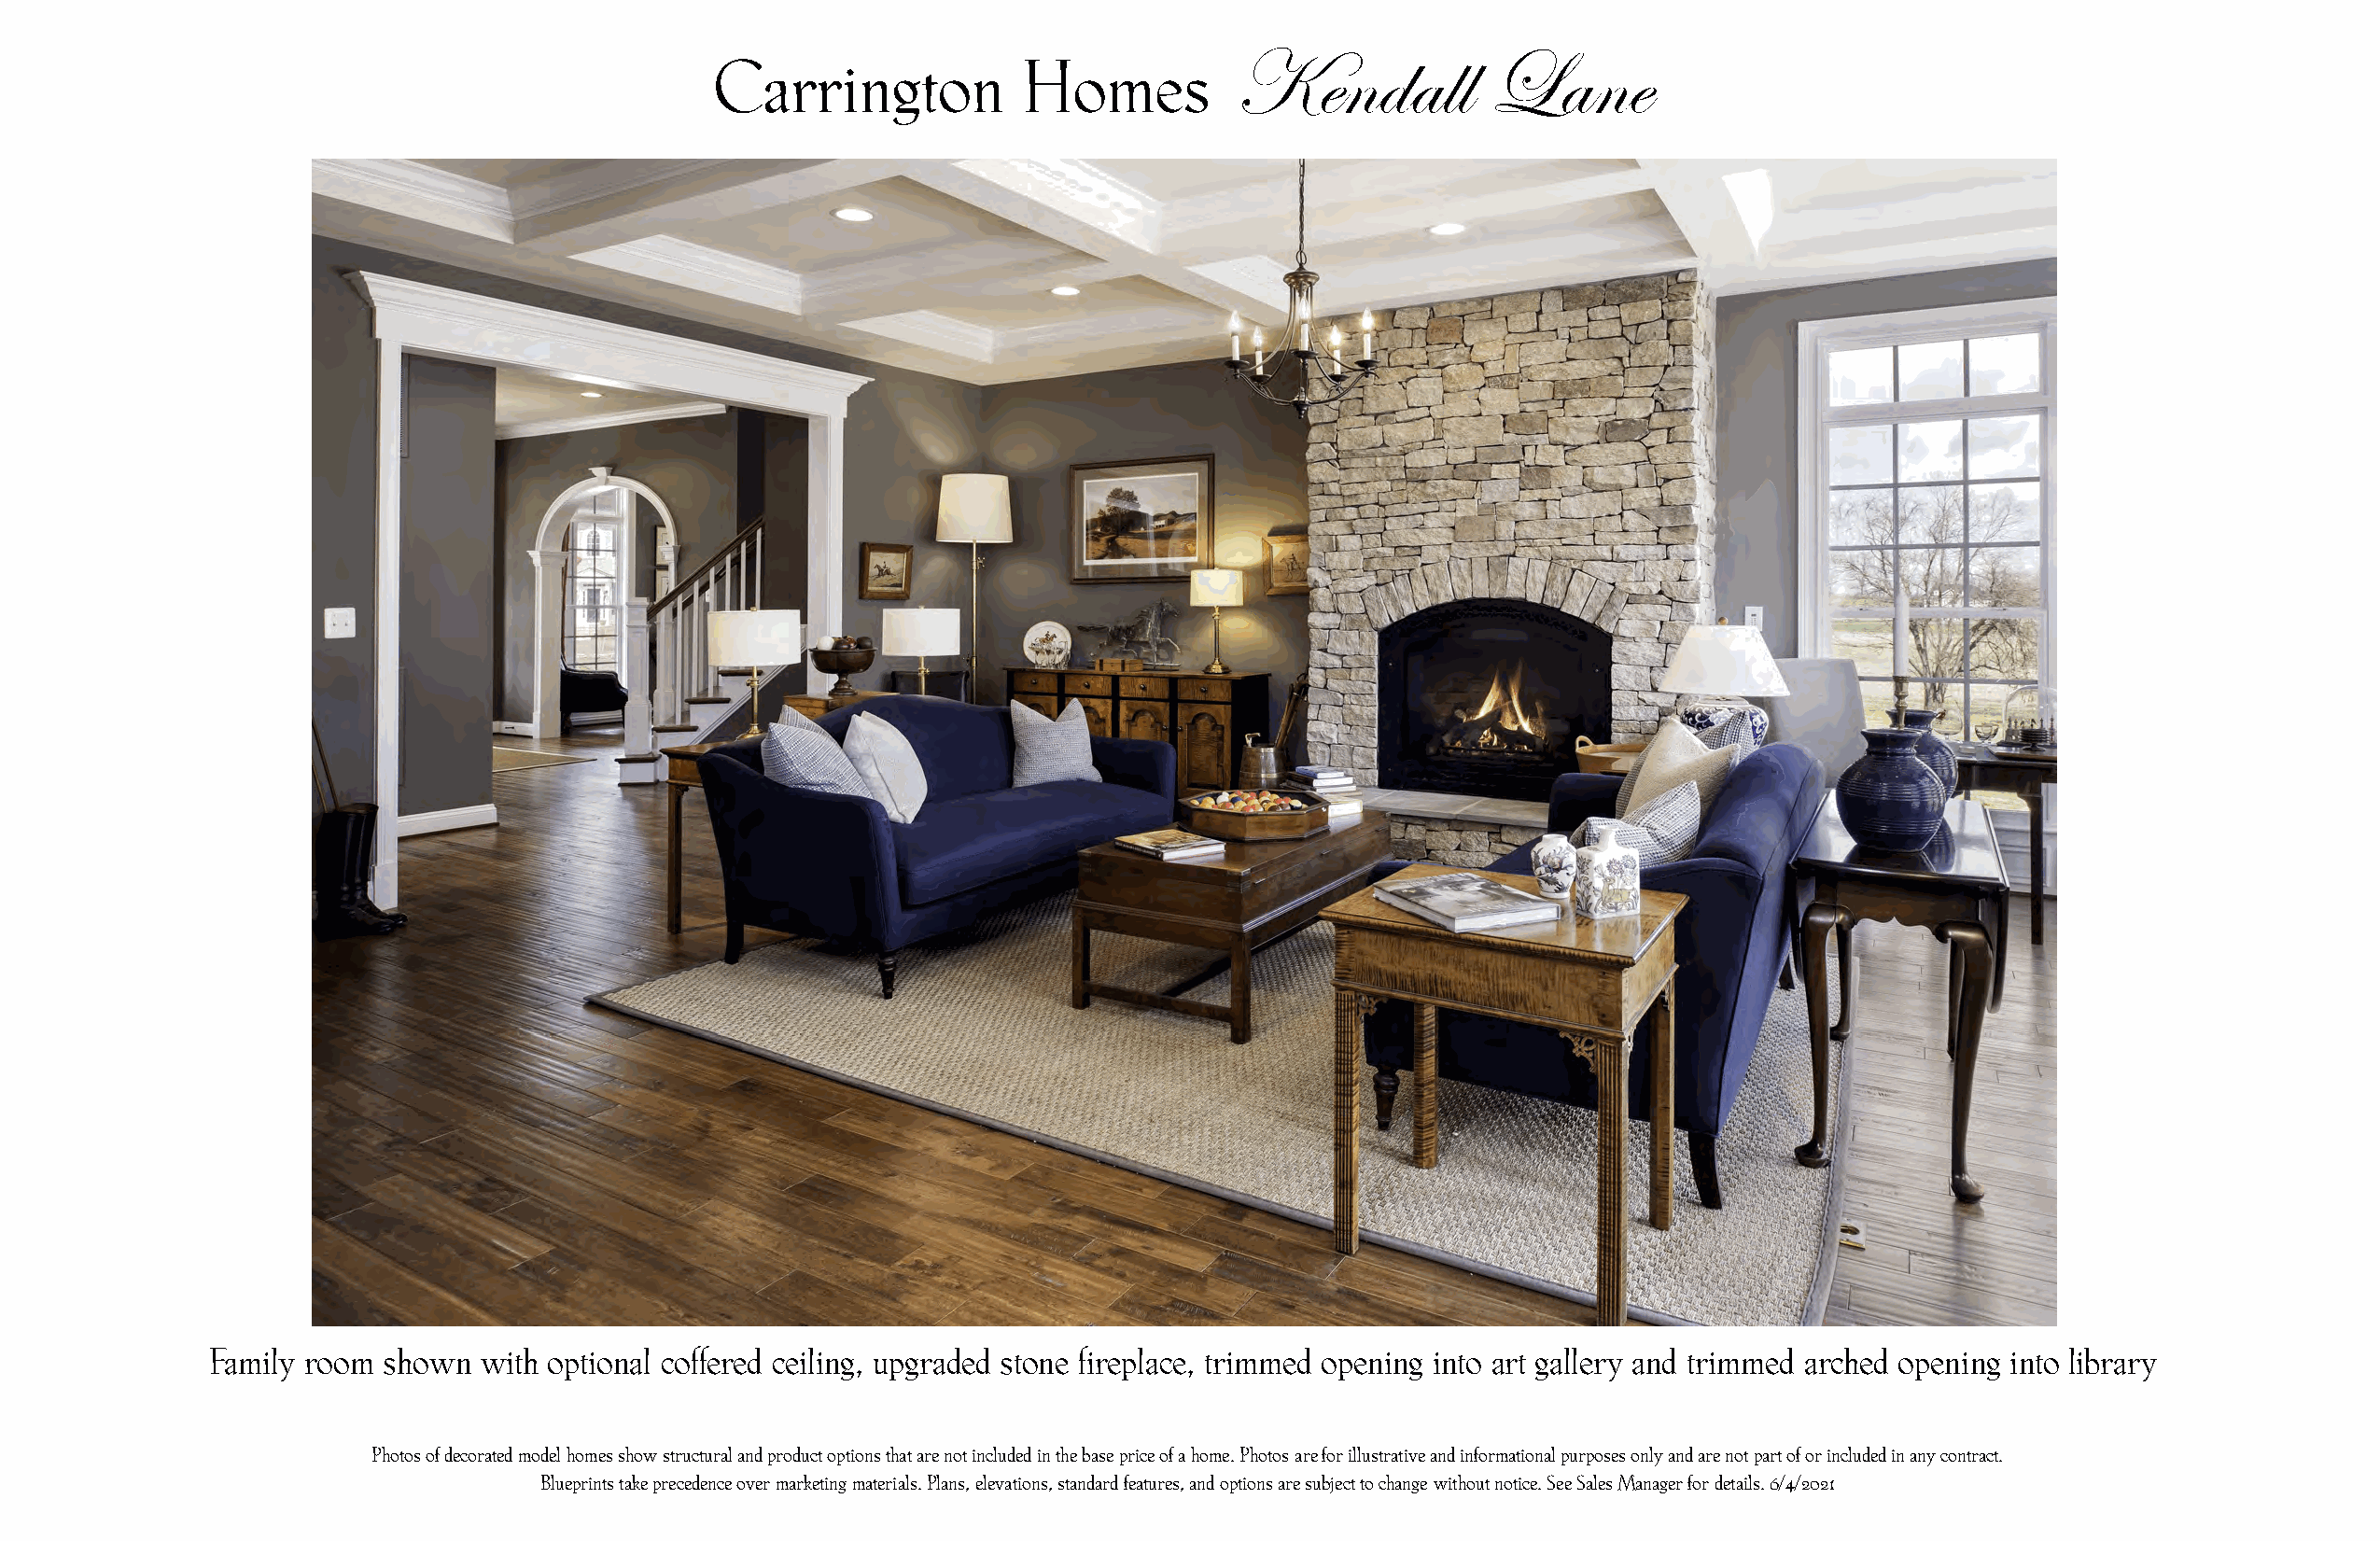
Kendall          Lane
 Carrington           Homes
 Family room shown  with optional coffered ceiling, upgraded stone fireplace, trimmed opening into art gallery and trimmed arched opening into library
 Photos of decorated model homes show structural and product options that are not included in the base price of a home. Photos are for illustrative and informational purposes only and are not part of or included in any contract.
 Blueprints take precedence over marketing materials. Plans, elevations, standard features, and options are subject to change without notice. See Sales Manager for details. 6/4/2021